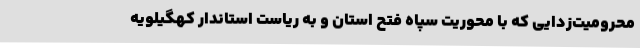
محرومیت‌زدایی که با محوریت سپاه فتح استان و به ریاست استاندار کهگیلویه